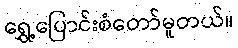
ရွှေ့ပြောင်းစံတော်မူတယ်။